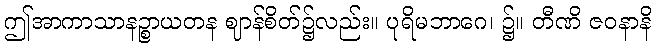
ဤအာကာသာနဉ္စာယတန ဈာန်စိတ်၌လည်း။ ပုရိမဘာဂေ၊ ၌။ တီဏိ ဇဝနာနိ